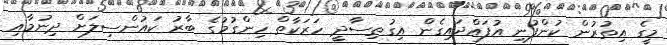
މީގެ އިތުރުން ކުންފުނި އުފައްދައިގެން އިގުތިސާދީ ހަރަކާތް ހިންގުމުގެ ބާރު ކައުންސިލަށް ދިނުމާއި